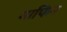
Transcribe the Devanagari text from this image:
माफिन